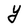
Character: Y